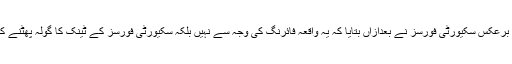
ابتدائی رپورٹوں کے برعکس سکیورٹی فورسز نے بعدازاں بتایا کہ یہ واقعہ فائرنگ کی وجہ سے نہیں بلکہ سکیورٹی فورسز کے ٹینک کا گولہ پھٹنے کی وجہ سے پیش آیا ۔